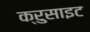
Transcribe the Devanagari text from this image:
क्रुसाइट